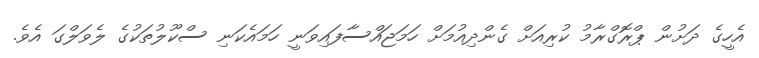
އެހީގެ ދަށުން ޕްރޮގްރާމު ކުރިއަށް ގެންދިއުމަށް ހަމަޖައްސާފައިވަނީ ހަމައެކަނި ސްކޫލުތަކުގެ ލެވަލްގަ އެވެ.